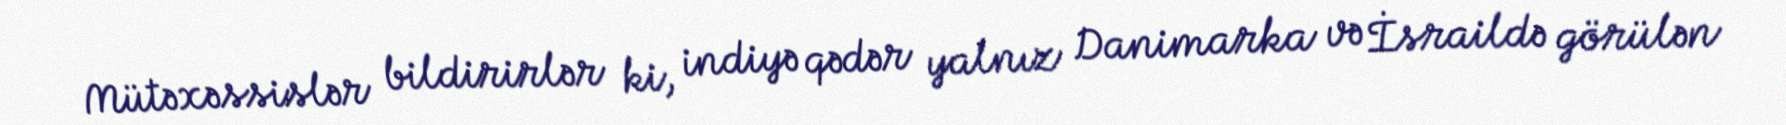
Mütəxəssislər bildirirlər ki, indiyə qədər yalnız Danimarka və İsraildə görülən